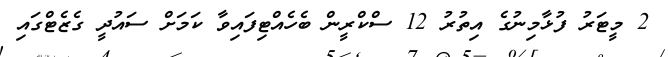
2 މީޓަރު ފުޅާމިނުގެ އިތުރު 12 ސްކްރީން ބެހެއްޓިފައިވާ ކަމަށް ސައުދީ ގެޒެޓްގައި